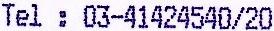
TEL: 03-41424540/20